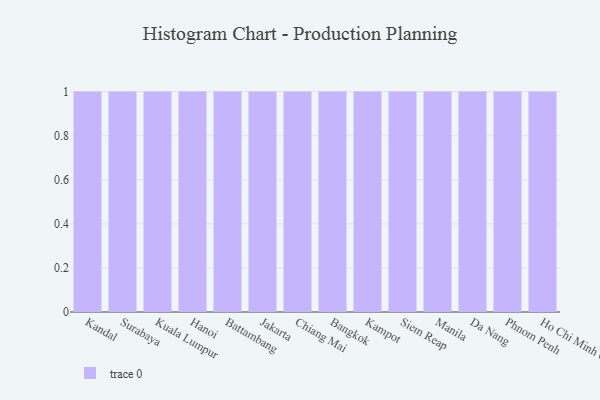
{"axis": {"x": "City", "y": "Demand Index"}, "legend": [""], "data": [{"x": "Kandal", "y": 6, "type": ""}, {"x": "Surabaya", "y": 78, "type": ""}, {"x": "Kuala Lumpur", "y": 19, "type": ""}, {"x": "Hanoi", "y": 87, "type": ""}, {"x": "Battambang", "y": 42, "type": ""}, {"x": "Jakarta", "y": 72, "type": ""}, {"x": "Chiang Mai", "y": 36, "type": ""}, {"x": "Bangkok", "y": 47, "type": ""}, {"x": "Kampot", "y": 90, "type": ""}, {"x": "Siem Reap", "y": 78, "type": ""}, {"x": "Manila", "y": 1, "type": ""}, {"x": "Da Nang", "y": 5, "type": ""}, {"x": "Phnom Penh", "y": 96, "type": ""}, {"x": "Ho Chi Minh City", "y": 80, "type": ""}]}